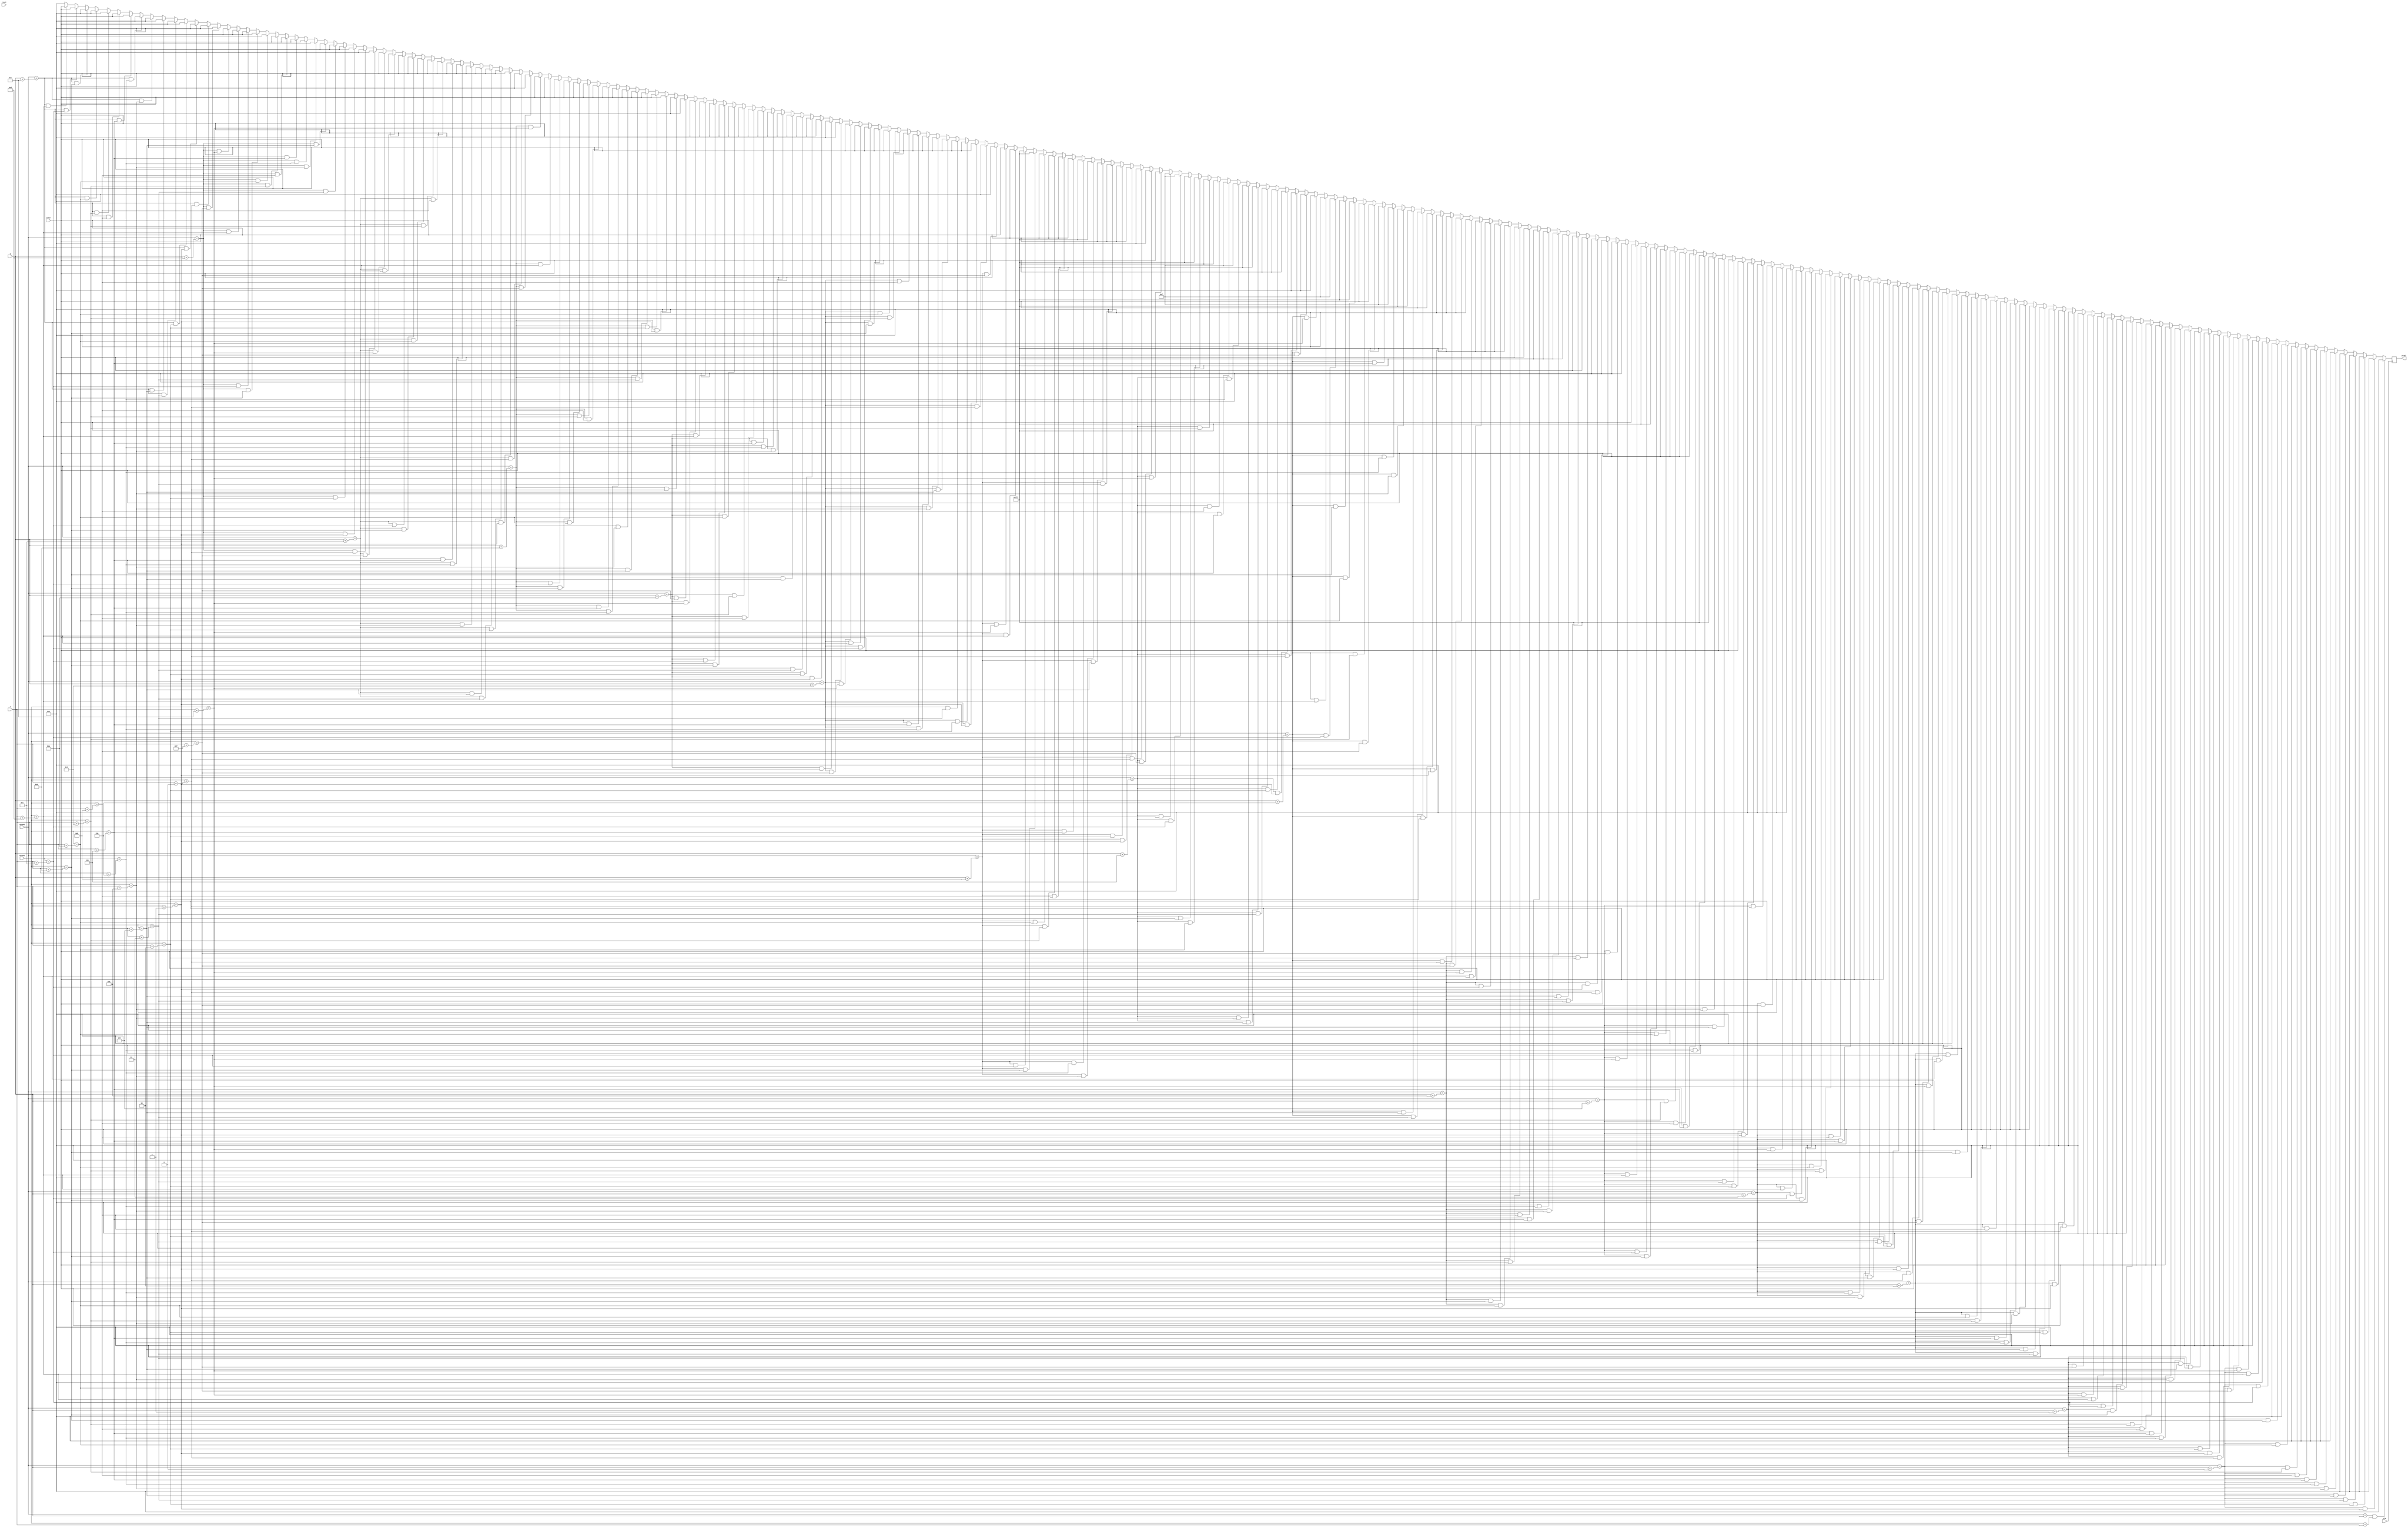
`timescale 1ns / 1ps
//////////////////////////////////////////////////////////////////////////////////
// Company: 
// Engineer: 
// 
// Design Name: 
// Module Name: ghost_right_triangle
// Project Name: 
// Target Devices: 
// Tool Versions: 
// Description: 
// 
// Dependencies: 
// 
// Revision:
// Revision 0.01 - File Created
// Additional Comments:
// 
//////////////////////////////////////////////////////////////////////////////////


module ghost_right_triangle(
    input clk,
    input reset,
    input [10:0] x,
    input [9:0] y,
    input [10:0] hcount,
    input [9:0] vcount,
    input [11:0] color,
    output reg [11:0] pixel
    );
    
    always @(posedge clk) begin
        
    
    if (vcount == y && hcount == x) pixel <= 12'h000;
    else if (vcount == y + 0 && hcount == x + 1) pixel <= 12'h000;
    else if (vcount == y + 0 && hcount == x + 2) pixel <= 12'h000;
    else if (vcount == y + 0 && hcount == x + 3) pixel <= 12'h000;
    else if (vcount == y + 0 && hcount == x + 4) pixel <= 12'h000;
    else if (vcount == y + 0 && hcount == x + 5) pixel <= 12'h000;
    else if (vcount == y + 0 && hcount == x + 6) pixel <= 12'h000;
    else if (vcount == y + 0 && hcount == x + 7) pixel <= 12'h000;
    else if (vcount == y + 0 && hcount == x + 8) pixel <= 12'h000;
    else if (vcount == y + 0 && hcount == x + 9) pixel <= 12'h000;
    else if (vcount == y + 0 && hcount == x + 10) pixel <= 12'h000;
    else if (vcount == y + 0 && hcount == x + 11) pixel <= 12'h000;
    else if (vcount == y + 0 && hcount == x + 12) pixel <= 12'h000;
    else if (vcount == y + 0 && hcount == x + 13) pixel <= 12'h000;
    else if (vcount == y + 0 && hcount == x + 14) pixel <= 12'h000;
    else if (vcount == y + 0 && hcount == x + 15) pixel <= 12'h000;
    else if (vcount == y + 1 && hcount == x + 0) pixel <= 12'h000;
    else if (vcount == y + 1 && hcount == x + 1) pixel <= 12'h000;
    else if (vcount == y + 1 && hcount == x + 2) pixel <= 12'h000;
    else if (vcount == y + 1 && hcount == x + 3) pixel <= 12'h000;
    else if (vcount == y + 1 && hcount == x + 4) pixel <= 12'h000;
    else if (vcount == y + 1 && hcount == x + 5) pixel <= 12'h000;
    else if (vcount == y + 1 && hcount == x + 6) pixel <= color;
    else if (vcount == y + 1 && hcount == x + 7) pixel <= color;
    else if (vcount == y + 1 && hcount == x + 8) pixel <= color;
    else if (vcount == y + 1 && hcount == x + 9) pixel <= color;
    else if (vcount == y + 1 && hcount == x + 10) pixel <= 12'h000;
    else if (vcount == y + 1 && hcount == x + 11) pixel <= 12'h000;
    else if (vcount == y + 1 && hcount == x + 12) pixel <= 12'h000;
    else if (vcount == y + 1 && hcount == x + 13) pixel <= 12'h000;
    else if (vcount == y + 1 && hcount == x + 14) pixel <= 12'h000;
    else if (vcount == y + 1 && hcount == x + 15) pixel <= 12'h000;
    else if (vcount == y + 2 && hcount == x + 0) pixel <= 12'h000;
    else if (vcount == y + 2 && hcount == x + 1) pixel <= 12'h000;
    else if (vcount == y + 2 && hcount == x + 2) pixel <= 12'h000;
    else if (vcount == y + 2 && hcount == x + 3) pixel <= 12'h000;
    else if (vcount == y + 2 && hcount == x + 4) pixel <= color;
    else if (vcount == y + 2 && hcount == x + 5) pixel <= color;
    else if (vcount == y + 2 && hcount == x + 6) pixel <= color;
    else if (vcount == y + 2 && hcount == x + 7) pixel <= color;
    else if (vcount == y + 2 && hcount == x + 8) pixel <= color;
    else if (vcount == y + 2 && hcount == x + 9) pixel <= color;
    else if (vcount == y + 2 && hcount == x + 10) pixel <= color;
    else if (vcount == y + 2 && hcount == x + 11) pixel <= color;
    else if (vcount == y + 2 && hcount == x + 12) pixel <= 12'h000;
    else if (vcount == y + 2 && hcount == x + 13) pixel <= 12'h000;
    else if (vcount == y + 2 && hcount == x + 14) pixel <= 12'h000;
    else if (vcount == y + 2 && hcount == x + 15) pixel <= 12'h000;
    else if (vcount == y + 3 && hcount == x + 0) pixel <= 12'h000;
    else if (vcount == y + 3 && hcount == x + 1) pixel <= 12'h000;
    else if (vcount == y + 3 && hcount == x + 2) pixel <= 12'h000;
    else if (vcount == y + 3 && hcount == x + 3) pixel <= color;
    else if (vcount == y + 3 && hcount == x + 4) pixel <= color;
    else if (vcount == y + 3 && hcount == x + 5) pixel <= color;
    else if (vcount == y + 3 && hcount == x + 6) pixel <= color;
    else if (vcount == y + 3 && hcount == x + 7) pixel <= color;
    else if (vcount == y + 3 && hcount == x + 8) pixel <= color;
    else if (vcount == y + 3 && hcount == x + 9) pixel <= color;
    else if (vcount == y + 3 && hcount == x + 10) pixel <= color;
    else if (vcount == y + 3 && hcount == x + 11) pixel <= color;
    else if (vcount == y + 3 && hcount == x + 12) pixel <= color;
    else if (vcount == y + 3 && hcount == x + 13) pixel <= 12'h000;
    else if (vcount == y + 3 && hcount == x + 14) pixel <= 12'h000;
    else if (vcount == y + 3 && hcount == x + 15) pixel <= 12'h000;
    else if (vcount == y + 4 && hcount == x + 0) pixel <= 12'h000;
    else if (vcount == y + 4 && hcount == x + 1) pixel <= 12'h000;
    else if (vcount == y + 4 && hcount == x + 2) pixel <= color;
    else if (vcount == y + 4 && hcount == x + 3) pixel <= color;
    else if (vcount == y + 4 && hcount == x + 4) pixel <= color;
    else if (vcount == y + 4 && hcount == x + 5) pixel <= 12'hFFF;
    else if (vcount == y + 4 && hcount == x + 6) pixel <= 12'hFFF;
    else if (vcount == y + 4 && hcount == x + 7) pixel <= color;
    else if (vcount == y + 4 && hcount == x + 8) pixel <= color;
    else if (vcount == y + 4 && hcount == x + 9) pixel <= color;
    else if (vcount == y + 4 && hcount == x + 10) pixel <= color;
    else if (vcount == y + 4 && hcount == x + 11) pixel <= 12'hFFF;
    else if (vcount == y + 4 && hcount == x + 12) pixel <= 12'hFFF;
    else if (vcount == y + 4 && hcount == x + 13) pixel <= color;
    else if (vcount == y + 4 && hcount == x + 14) pixel <= 12'h000;
    else if (vcount == y + 4 && hcount == x + 15) pixel <= 12'h000;
    else if (vcount == y + 5 && hcount == x + 0) pixel <= 12'h000;
    else if (vcount == y + 5 && hcount == x + 1) pixel <= 12'h000;
    else if (vcount == y + 5 && hcount == x + 2) pixel <= color;
    else if (vcount == y + 5 && hcount == x + 3) pixel <= color;
    else if (vcount == y + 5 && hcount == x + 4) pixel <= 12'hFFF;
    else if (vcount == y + 5 && hcount == x + 5) pixel <= 12'hFFF;
    else if (vcount == y + 5 && hcount == x + 6) pixel <= 12'hFFF;
    else if (vcount == y + 5 && hcount == x + 7) pixel <= 12'hFFF;
    else if (vcount == y + 5 && hcount == x + 8) pixel <= color;
    else if (vcount == y + 5 && hcount == x + 9) pixel <= color;
    else if (vcount == y + 5 && hcount == x + 10) pixel <= 12'hFFF;
    else if (vcount == y + 5 && hcount == x + 11) pixel <= 12'hFFF;
    else if (vcount == y + 5 && hcount == x + 12) pixel <= 12'hFFF;
    else if (vcount == y + 5 && hcount == x + 13) pixel <= 12'hFFF;
    else if (vcount == y + 5 && hcount == x + 14) pixel <= 12'h000;
    else if (vcount == y + 5 && hcount == x + 15) pixel <= 12'h000;
    else if (vcount == y + 6 && hcount == x + 0) pixel <= 12'h000;
    else if (vcount == y + 6 && hcount == x + 1) pixel <= 12'h000;
    else if (vcount == y + 6 && hcount == x + 2) pixel <= color;
    else if (vcount == y + 6 && hcount == x + 3) pixel <= color;
    else if (vcount == y + 6 && hcount == x + 4) pixel <= 12'hFFF;
    else if (vcount == y + 6 && hcount == x + 5) pixel <= 12'hFFF;
    else if (vcount == y + 6 && hcount == x + 6) pixel <= 12'h00F;
    else if (vcount == y + 6 && hcount == x + 7) pixel <= 12'h00F;
    else if (vcount == y + 6 && hcount == x + 8) pixel <= color;
    else if (vcount == y + 6 && hcount == x + 9) pixel <= color;
    else if (vcount == y + 6 && hcount == x + 10) pixel <= 12'hFFF;
    else if (vcount == y + 6 && hcount == x + 11) pixel <= 12'hFFF;
    else if (vcount == y + 6 && hcount == x + 12) pixel <= 12'h00F;
    else if (vcount == y + 6 && hcount == x + 13) pixel <= 12'h00F;
    else if (vcount == y + 6 && hcount == x + 14) pixel <= 12'h000;
    else if (vcount == y + 6 && hcount == x + 15) pixel <= 12'h000;
    else if (vcount == y + 7 && hcount == x + 0) pixel <= 12'h000;
    else if (vcount == y + 7 && hcount == x + 1) pixel <= color;
    else if (vcount == y + 7 && hcount == x + 2) pixel <= color;
    else if (vcount == y + 7 && hcount == x + 3) pixel <= color;
    else if (vcount == y + 7 && hcount == x + 4) pixel <= 12'hFFF;
    else if (vcount == y + 7 && hcount == x + 5) pixel <= 12'hFFF;
    else if (vcount == y + 7 && hcount == x + 6) pixel <= 12'h00F;
    else if (vcount == y + 7 && hcount == x + 7) pixel <= 12'h00F;
    else if (vcount == y + 7 && hcount == x + 8) pixel <= color;
    else if (vcount == y + 7 && hcount == x + 9) pixel <= color;
    else if (vcount == y + 7 && hcount == x + 10) pixel <= 12'hFFF;
    else if (vcount == y + 7 && hcount == x + 11) pixel <= 12'hFFF;
    else if (vcount == y + 7 && hcount == x + 12) pixel <= 12'h00F;
    else if (vcount == y + 7 && hcount == x + 13) pixel <= 12'h00F;
    else if (vcount == y + 7 && hcount == x + 14) pixel <= color;
    else if (vcount == y + 7 && hcount == x + 15) pixel <= 12'h000;
    else if (vcount == y + 8 && hcount == x + 0) pixel <= 12'h000;
    else if (vcount == y + 8 && hcount == x + 1) pixel <= color;
    else if (vcount == y + 8 && hcount == x + 2) pixel <= color;
    else if (vcount == y + 8 && hcount == x + 3) pixel <= color;
    else if (vcount == y + 8 && hcount == x + 4) pixel <= color;
    else if (vcount == y + 8 && hcount == x + 5) pixel <= 12'hFFF;
    else if (vcount == y + 8 && hcount == x + 6) pixel <= 12'hFFF;
    else if (vcount == y + 8 && hcount == x + 7) pixel <= color;
    else if (vcount == y + 8 && hcount == x + 8) pixel <= color;
    else if (vcount == y + 8 && hcount == x + 9) pixel <= color;
    else if (vcount == y + 8 && hcount == x + 10) pixel <= color;
    else if (vcount == y + 8 && hcount == x + 11) pixel <= 12'hFFF;
    else if (vcount == y + 8 && hcount == x + 12) pixel <= 12'hFFF;
    else if (vcount == y + 8 && hcount == x + 13) pixel <= color;
    else if (vcount == y + 8 && hcount == x + 14) pixel <= color;
    else if (vcount == y + 8 && hcount == x + 15) pixel <= 12'h000;
    else if (vcount == y + 9 && hcount == x + 0) pixel <= 12'h000;
    else if (vcount == y + 9 && hcount == x + 1) pixel <= color;
    else if (vcount == y + 9 && hcount == x + 2) pixel <= color;
    else if (vcount == y + 9 && hcount == x + 3) pixel <= color;
    else if (vcount == y + 9 && hcount == x + 4) pixel <= color;
    else if (vcount == y + 9 && hcount == x + 5) pixel <= color;
    else if (vcount == y + 9 && hcount == x + 6) pixel <= color;
    else if (vcount == y + 9 && hcount == x + 7) pixel <= color;
    else if (vcount == y + 9 && hcount == x + 8) pixel <= color;
    else if (vcount == y + 9 && hcount == x + 9) pixel <= color;
    else if (vcount == y + 9 && hcount == x + 10) pixel <= color;
    else if (vcount == y + 9 && hcount == x + 11) pixel <= color;
    else if (vcount == y + 9 && hcount == x + 12) pixel <= color;
    else if (vcount == y + 9 && hcount == x + 13) pixel <= color;
    else if (vcount == y + 9 && hcount == x + 14) pixel <= color;
    else if (vcount == y + 9 && hcount == x + 15) pixel <= 12'h000;
    else if (vcount == y + 10 && hcount == x + 0) pixel <= 12'h000;
    else if (vcount == y + 10 && hcount == x + 1) pixel <= color;
    else if (vcount == y + 10 && hcount == x + 2) pixel <= color;
    else if (vcount == y + 10 && hcount == x + 3) pixel <= color;
    else if (vcount == y + 10 && hcount == x + 4) pixel <= color;
    else if (vcount == y + 10 && hcount == x + 5) pixel <= color;
    else if (vcount == y + 10 && hcount == x + 6) pixel <= color;
    else if (vcount == y + 10 && hcount == x + 7) pixel <= color;
    else if (vcount == y + 10 && hcount == x + 8) pixel <= color;
    else if (vcount == y + 10 && hcount == x + 9) pixel <= color;
    else if (vcount == y + 10 && hcount == x + 10) pixel <= color;
    else if (vcount == y + 10 && hcount == x + 11) pixel <= color;
    else if (vcount == y + 10 && hcount == x + 12) pixel <= color;
    else if (vcount == y + 10 && hcount == x + 13) pixel <= color;
    else if (vcount == y + 10 && hcount == x + 14) pixel <= color;
    else if (vcount == y + 10 && hcount == x + 15) pixel <= 12'h000;
    else if (vcount == y + 11 && hcount == x + 0) pixel <= 12'h000;
    else if (vcount == y + 11 && hcount == x + 1) pixel <= color;
    else if (vcount == y + 11 && hcount == x + 2) pixel <= color;
    else if (vcount == y + 11 && hcount == x + 3) pixel <= color;
    else if (vcount == y + 11 && hcount == x + 4) pixel <= color;
    else if (vcount == y + 11 && hcount == x + 5) pixel <= color;
    else if (vcount == y + 11 && hcount == x + 6) pixel <= color;
    else if (vcount == y + 11 && hcount == x + 7) pixel <= color;
    else if (vcount == y + 11 && hcount == x + 8) pixel <= color;
    else if (vcount == y + 11 && hcount == x + 9) pixel <= color;
    else if (vcount == y + 11 && hcount == x + 10) pixel <= color;
    else if (vcount == y + 11 && hcount == x + 11) pixel <= color;
    else if (vcount == y + 11 && hcount == x + 12) pixel <= color;
    else if (vcount == y + 11 && hcount == x + 13) pixel <= color;
    else if (vcount == y + 11 && hcount == x + 14) pixel <= color;
    else if (vcount == y + 11 && hcount == x + 15) pixel <= 12'h000;
    else if (vcount == y + 12 && hcount == x + 0) pixel <= 12'h000;
    else if (vcount == y + 12 && hcount == x + 1) pixel <= color;
    else if (vcount == y + 12 && hcount == x + 2) pixel <= color;
    else if (vcount == y + 12 && hcount == x + 3) pixel <= color;
    else if (vcount == y + 12 && hcount == x + 4) pixel <= color;
    else if (vcount == y + 12 && hcount == x + 5) pixel <= color;
    else if (vcount == y + 12 && hcount == x + 6) pixel <= color;
    else if (vcount == y + 12 && hcount == x + 7) pixel <= color;
    else if (vcount == y + 12 && hcount == x + 8) pixel <= color;
    else if (vcount == y + 12 && hcount == x + 9) pixel <= color;
    else if (vcount == y + 12 && hcount == x + 10) pixel <= color;
    else if (vcount == y + 12 && hcount == x + 11) pixel <= color;
    else if (vcount == y + 12 && hcount == x + 12) pixel <= color;
    else if (vcount == y + 12 && hcount == x + 13) pixel <= color;
    else if (vcount == y + 12 && hcount == x + 14) pixel <= color;
    else if (vcount == y + 12 && hcount == x + 15) pixel <= 12'h000;
    else if (vcount == y + 13 && hcount == x + 0) pixel <= 12'h000;
    else if (vcount == y + 13 && hcount == x + 1) pixel <= color;
    else if (vcount == y + 13 && hcount == x + 2) pixel <= color;
    else if (vcount == y + 13 && hcount == x + 3) pixel <= color;
    else if (vcount == y + 13 && hcount == x + 4) pixel <= color;
    else if (vcount == y + 13 && hcount == x + 5) pixel <= 12'h000;
    else if (vcount == y + 13 && hcount == x + 6) pixel <= color;
    else if (vcount == y + 13 && hcount == x + 7) pixel <= color;
    else if (vcount == y + 13 && hcount == x + 8) pixel <= color;
    else if (vcount == y + 13 && hcount == x + 9) pixel <= color;
    else if (vcount == y + 13 && hcount == x + 10) pixel <= 12'h000;
    else if (vcount == y + 13 && hcount == x + 11) pixel <= color;
    else if (vcount == y + 13 && hcount == x + 12) pixel <= color;
    else if (vcount == y + 13 && hcount == x + 13) pixel <= color;
    else if (vcount == y + 13 && hcount == x + 14) pixel <= color;
    else if (vcount == y + 13 && hcount == x + 15) pixel <= 12'h000;
    else if (vcount == y + 14 && hcount == x + 0) pixel <= 12'h000;
    else if (vcount == y + 14 && hcount == x + 1) pixel <= 12'h000;
    else if (vcount == y + 14 && hcount == x + 2) pixel <= color;
    else if (vcount == y + 14 && hcount == x + 3) pixel <= color;
    else if (vcount == y + 14 && hcount == x + 4) pixel <= 12'h000;
    else if (vcount == y + 14 && hcount == x + 5) pixel <= 12'h000;
    else if (vcount == y + 14 && hcount == x + 6) pixel <= 12'h000;
    else if (vcount == y + 14 && hcount == x + 7) pixel <= color;
    else if (vcount == y + 14 && hcount == x + 8) pixel <= color;
    else if (vcount == y + 14 && hcount == x + 9) pixel <= 12'h000;
    else if (vcount == y + 14 && hcount == x + 10) pixel <= 12'h000;
    else if (vcount == y + 14 && hcount == x + 11) pixel <= 12'h000;
    else if (vcount == y + 14 && hcount == x + 12) pixel <= color;
    else if (vcount == y + 14 && hcount == x + 13) pixel <= color;
    else if (vcount == y + 14 && hcount == x + 14) pixel <= 12'h000;
    else if (vcount == y + 14 && hcount == x + 15) pixel <= 12'h000;
    else if (vcount == y + 15 && hcount == x + 0) pixel <= 12'h000;
    else if (vcount == y + 15 && hcount == x + 1) pixel <= 12'h000;
    else if (vcount == y + 15 && hcount == x + 2) pixel <= 12'h000;
    else if (vcount == y + 15 && hcount == x + 3) pixel <= 12'h000;
    else if (vcount == y + 15 && hcount == x + 4) pixel <= 12'h000;
    else if (vcount == y + 15 && hcount == x + 5) pixel <= 12'h000;
    else if (vcount == y + 15 && hcount == x + 6) pixel <= 12'h000;
    else if (vcount == y + 15 && hcount == x + 7) pixel <= 12'h000;
    else if (vcount == y + 15 && hcount == x + 8) pixel <= 12'h000;
    else if (vcount == y + 15 && hcount == x + 9) pixel <= 12'h000;
    else if (vcount == y + 15 && hcount == x + 10) pixel <= 12'h000;
    else if (vcount == y + 15 && hcount == x + 11) pixel <= 12'h000;
    else if (vcount == y + 15 && hcount == x + 12) pixel <= 12'h000;
    else if (vcount == y + 15 && hcount == x + 13) pixel <= 12'h000;
    else if (vcount == y + 15 && hcount == x + 14) pixel <= 12'h000;
    else if (vcount == y + 15 && hcount == x + 15) pixel <= 12'h000;
    else pixel <= 12'h000;
    end
    
endmodule